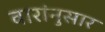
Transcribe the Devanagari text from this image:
वारांनुसार